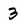
Character: 3